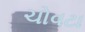
ચોવટા